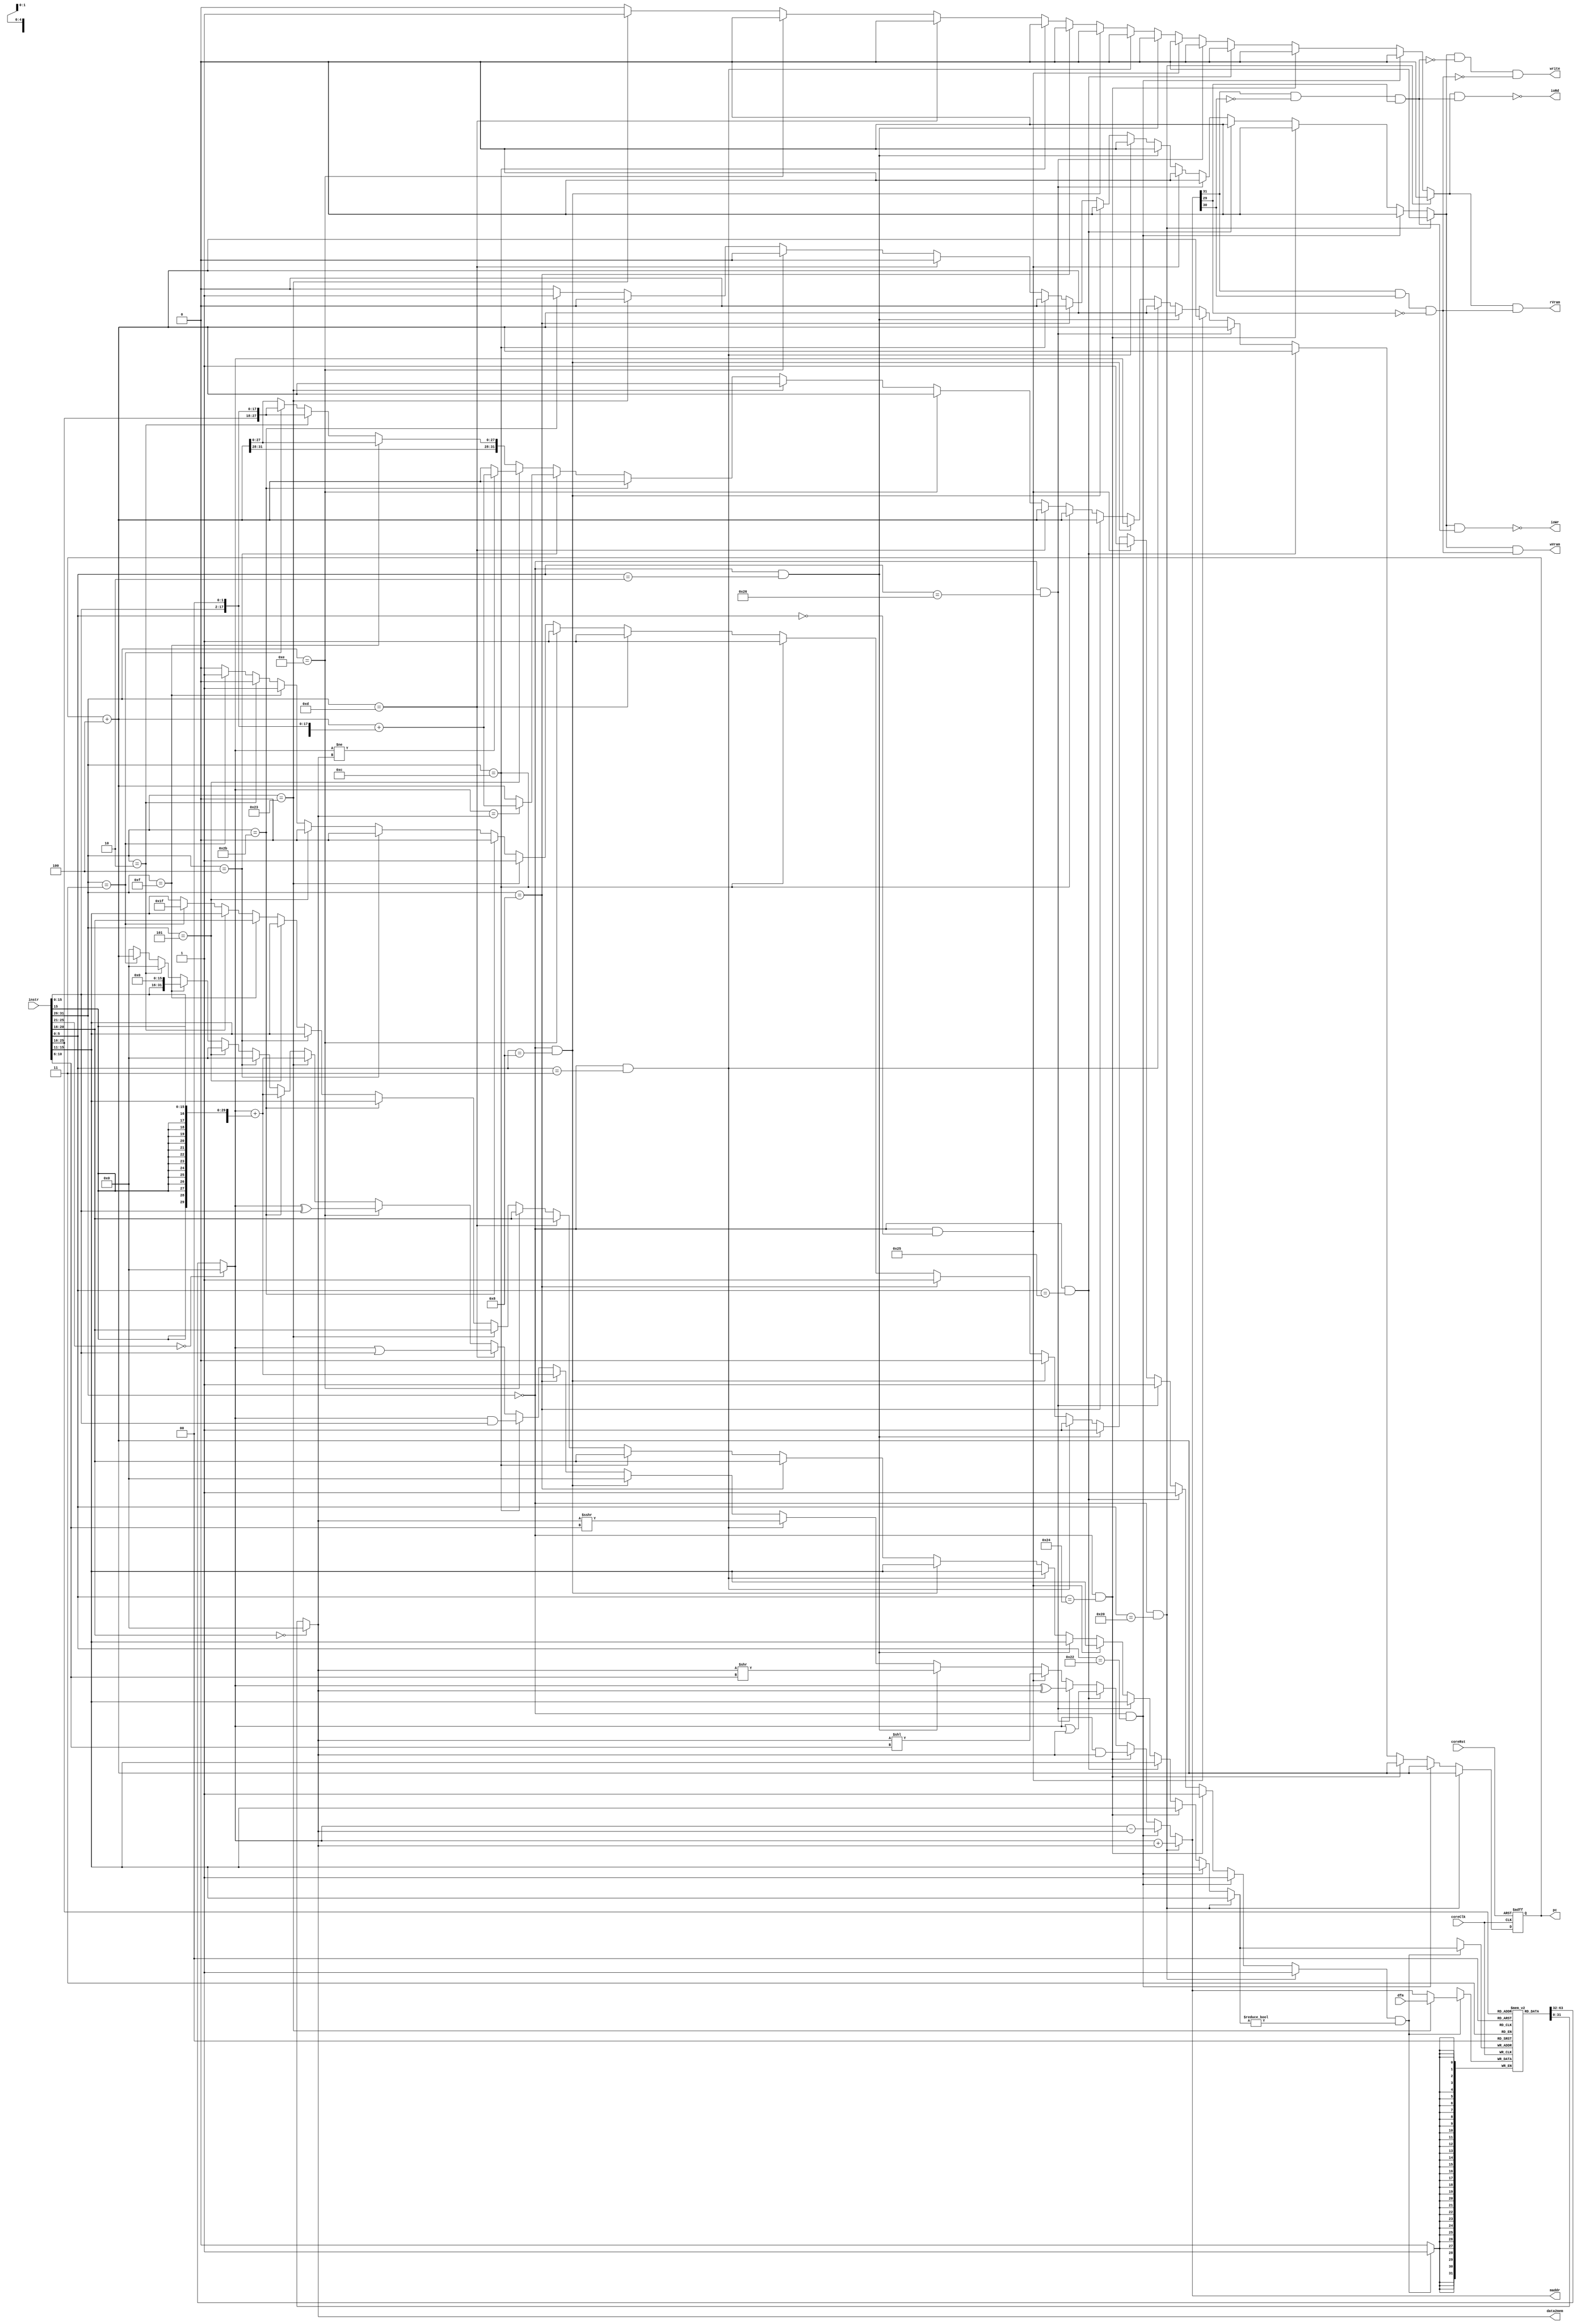
//@@@@@@@@@@@@@@@@@@@@@@@@@@@@@@@@@@@@@@@@@@@@@@@@@@@@@@@@@@@@@@@@@@@@@@
// Design        : M32HAIAF INTEGER CORE
// Aarch         : MIPS32
// Organization  : Harvard  
// Designer      : Srimanth Tenneti 
// Revision      : Rev0003
// Instr Types   : R,I,J 
// I/Os          : VGA, UART
//@@@@@@@@@@@@@@@@@@@@@@@@@@@@@@@@@@@@@@@@@@@@@@@@@@@@@@@@@@@@@@@@@@@@@@   

module M32HAIAF_INTEGER_CORE (
// Global Signals -> Clock and Reset
input coreClk,
input coreRst,
// Instruction
input [31:0] instr,
// Data from memory
input [31:0] dfm, 
// Program Counter
output reg [31:0] pc,
// Memory or I/O Address
output [31:0] maddr,
// Data to Store
output [31:0] data2mem,
// Data Memory Write Signal
output write,
// Video RAM Write Signal
output wVram,
// Video RAM Read Signal
output rVram,
// I/O Write
output ioWr,
// I/O Read
output ioRd
);

// CPU Internal Signals
// Control
// Write regfile
reg wreg;
// Write Memory
reg wmem;
// Read Memory
reg rmem;
// ALU Output
reg [31:0] alu_out;
// Destination Register
reg [4:0] destRn;
// Next PC
reg [31:0] nxtPc;
// PC -> PC + 4
wire [31:0] pc_plus_4 = pc + 4;

// Instruction Format
// OPCODE
wire [5:0] opcode = instr[31:26];
// RS 
wire [4:0] rs     = instr[25:21];
// RT
wire [4:0] rt     = instr[20:16]; 
// RD
wire [4:0] rd     = instr[15:11];
// SA
wire [4:0] sa     = instr[10:6];
// FUNC
wire [5:0] func   = instr[5:0];
// Immediate Data
wire [15:0] imm   = instr[15:0];
// Jump Address
wire [25:0] addr   = instr[25:0];
// Sign Bit
wire sign          = instr[15];
// Address Offset
wire [31:0] offset  = {{14{sign}}, imm, 2'b00};
// Final jump address
wire [31:0] j_addr = {pc_plus_4[31:28], addr, 2'b00};

// Instruction Decode 
// Integer Add
wire iadd = (opcode == 6'h00) & (func == 6'h20); 
// Integer Subtract
wire isub = (opcode == 6'h00) & (func == 6'h22);
// Integer AND
wire iand = (opcode == 6'h00) & (func == 6'h24);
// Integer OR
wire ior  = (opcode == 6'h00) & (func == 6'h25);
// Integer XOR
wire ixor = (opcode == 6'h00) & (func == 6'h26); 
// Integer Shift Left Logical
wire isll = (opcode == 6'h00) & (func == 6'h00);
// Integer Shift Right Logical
wire isrl = (opcode == 6'h00) & (func == 6'h02);
// Integer Shift Right Arithmetic
wire isra = (opcode == 6'h00) & (func == 6'h03);
// Integer Jump Register
wire ijr  = (opcode == 6'h00) & (func == 6'h08);
// Integer Add Immediate
wire iaddi = (opcode == 6'h08); 
// Integer AND Immediate
wire iandi = (opcode == 6'h0c);
// Integer OR Immediate
wire iori  = (opcode == 6'h0d);
// Integer XOR Immediate
wire ixori = (opcode == 6'h0e); 
// Integer Load Word
wire ilw   = (opcode == 6'h23); 
// Integer Store Word
wire isw   = (opcode == 6'h2b);
// Integer Branch on Not Equal 
wire ibne  = (opcode == 6'h05);
// Integer Branch on Equal 
wire ibeq  = (opcode == 6'h04);
// Integer Load Upper Immediate
wire ilui  = (opcode == 6'h0f);
// Integer Jump
wire ij    = (opcode == 6'h02);
// Integer Jump and Link
wire ijal  = (opcode == 6'h03);

// *******************************************************
// Program Counter Logic
// *******************************************************

always @ (posedge coreClk or negedge coreRst)
  begin
     if (~coreRst)
        pc <= 0;
     else
        pc <= nxtPc;
  end  

// ********************************************************
//  Data to Register File logic
// ********************************************************

wire [31:0] d2rf = ilw ? dfm : alu_out;

// Register File
reg [31:0] regFile [1:31]; 

wire [31:0] a = (rs == 0) ? 0 : regFile[rs]; // Read Port 1
wire [31:0] b = (rt == 0) ? 0 : regFile[rt]; // Read Port 2

// ***********************************************************
// Register File Write Port Logic
// ***********************************************************

always @ (posedge coreClk)
  begin
     if (wreg && (destRn != 0))
       regFile[destRn] <= d2rf; 
  end
  
// I/O Space -> a0000000 to bfffffff
wire io_space = alu_out[31] & ~alu_out[30] & alu_out[29]; 

// Video RAM Space -> c0000000 to dfffffff
wire vr_space = alu_out[31] & alu_out[30] & ~alu_out[29];
  
// ************************************************************
//  Output Logic
// ************************************************************

// Data Memory Write Logic
assign write = wmem & ~ io_space & ~vr_space; 

// Data to store
assign data2mem = b;

// Memory Address
assign maddr = alu_out;

// I/O Read
assign ioRd = ~(rmem & io_space); 
// I/O Write
assign ioWr = ~(wmem & io_space);
// Video RAM Write
assign wVram = (wmem & vr_space);
// Video RAM Read
assign rVram = (rmem & vr_space);

// ******************************************************************
// ALU Core Logic 
// ******************************************************************


always @ (*) 
  begin
    alu_out = 0;
    destRn  = rd;
    wreg    = 0;
    wmem    = 0;
    rmem    = 0;
    nxtPc   = pc_plus_4;
    case(1'b1)
      iadd : begin
        alu_out = a + b;
        wreg = 1; 
      end
      isub : begin
        alu_out = a - b;
        wreg = 1;
      end
      iand : begin
        alu_out = a & b;
        wreg = 1;
      end
      ior : begin
        alu_out = a | b;
        wreg = 1;
      end
      ixor : begin
        alu_out = a ^ b;
        wreg = 1;
      end
      isll : begin
        alu_out = b << sa;
        wreg = 1;
      end
      isrl : begin
       alu_out = b >> sa;
       wreg = 1;
      end
      isra : begin
       alu_out = $signed(b) >>> sa;
       wreg = 1;
      end
      ijr : begin
        nxtPc = a;
      end
      iaddi : begin
        alu_out = a + {{16{sign}}, imm};
        destRn = rt;
        wreg = 1;
      end
      iandi : begin
        alu_out = a & {16'h0,imm};
        destRn = rt;
        wreg = 1;
      end
      iori : begin
        alu_out = a | {16'h0,imm};
        destRn = rt;
        wreg = 1;
      end
      ixori : begin
        alu_out = a ^ {16'h0,imm};
        destRn = rt;
        wreg = 1;
      end
      ilw : begin
        alu_out = a + {{16{sign}}, imm};
        destRn = rt;
        rmem = 1;
        wreg = 1;
      end
      isw : begin
        alu_out = a + {{16{sign}}, imm};
        wmem = 1;
      end
      ibeq : begin
        if (a == b)
           nxtPc = pc_plus_4 + offset;
      end
      ibne : begin
        if (a != b)
           nxtPc = pc_plus_4 + offset;
      end
      ilui : begin
        alu_out = {imm, 16'h0};
        destRn = rt;
        wreg = 1;
      end
      ij   : begin
        nxtPc = j_addr;
      end
      ijal : begin 
        alu_out = pc_plus_4;
        wreg = 1;
        destRn = 5'd31;
        nxtPc = j_addr;
      end
      default : ;
     endcase
  end
endmodule